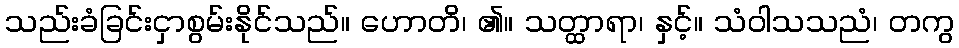
သည်းခံခြင်းငှာစွမ်းနိုင်သည်။ ဟောတိ၊ ၏။ သတ္ထာရာ၊ နှင့်။ သံဝါသသညံ၊ တကွ